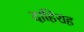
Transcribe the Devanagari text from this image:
दाहिराह